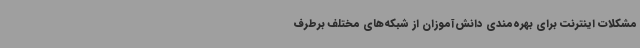
مشکلات اینترنت برای بهره‌مندی دانش‌آموزان از شبکه‌های مختلف برطرف